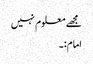
مجھے معلوم نہیں
امام:۔